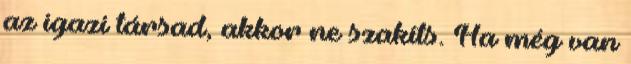
az igazi társad, akkor ne szakíts. Ha még van